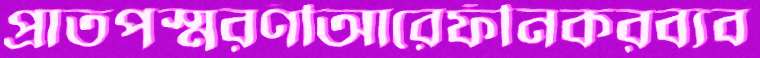
প্রাতপস্মরণীআরেফীনকরব্যব